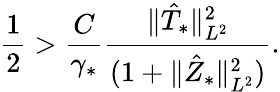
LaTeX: \frac{1}{2}>\frac{C}{\gamma_{*}}\frac{\Vert\hat{T}_{*}\Vert_{L^{2}}^{2}}{(1+\Vert\hat{Z}_{*}\Vert_{L^{2}}^{2})}.